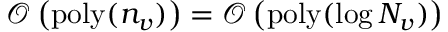
\mathcal { O } \left( \mathrm { p o l y } ( n _ { v } ) \right) = \mathcal { O } \left( \mathrm { p o l y } ( \log N _ { v } ) \right)